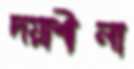
দয়াশীলা